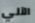
الآلي